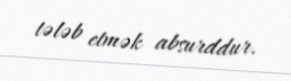
tələb etmək absurddur.